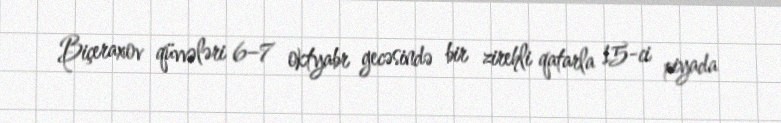
Biçeraxov qüvvələri 6–7 oktyabr gecəsində bir zirehli qatarla 15-ci piyada